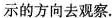
示的方向去观察.